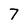
Character: 7